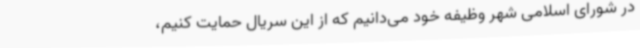
در شورای اسلامی شهر وظیفه خود می‌دانیم که از این سریال حمایت کنیم،